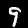
Label: 9